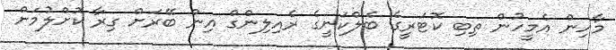
މާހިން އެމީހުން ތިބި ކޮޓަރީގެ ބެލްކަނީގެ ރެއިލިންގް އިން ބޭރަށް ގިރާ ކޮށްލުމަށް